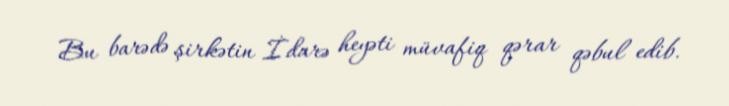
Bu barədə şirkətin İdarə heyəti müvafiq qərar qəbul edib.